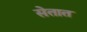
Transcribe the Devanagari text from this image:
सेतात